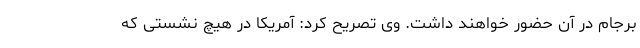
برجام در آن حضور خواهند داشت. وی تصریح کرد: آمریکا در هیچ نشستی که